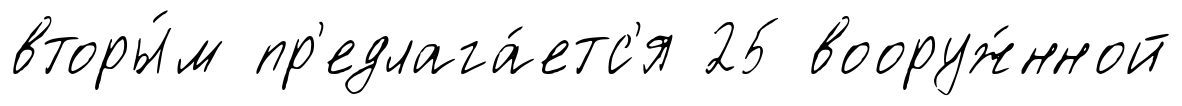
вторы́м пр'едлага́етс'я 25 вооруж́нной